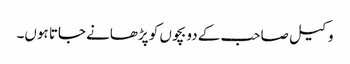
وکیل صاحب کے دو بچوں کو پڑھانے جاتا ہوں۔